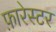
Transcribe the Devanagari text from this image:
फ़ारेस्टर